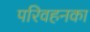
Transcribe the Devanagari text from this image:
परिवहनका